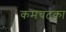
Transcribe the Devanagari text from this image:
कमचटका